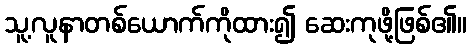
သူ့လူနာတစ်ယောက်ကိုထား၍ ဆေးကုဖို့ဖြစ်၏။